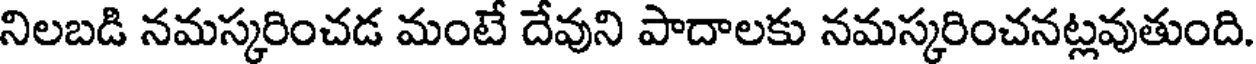
నిలబడి నమస్కరించడ మంటే దేవుని పాదాలకు నమస్కరించనట్లవుతుంది